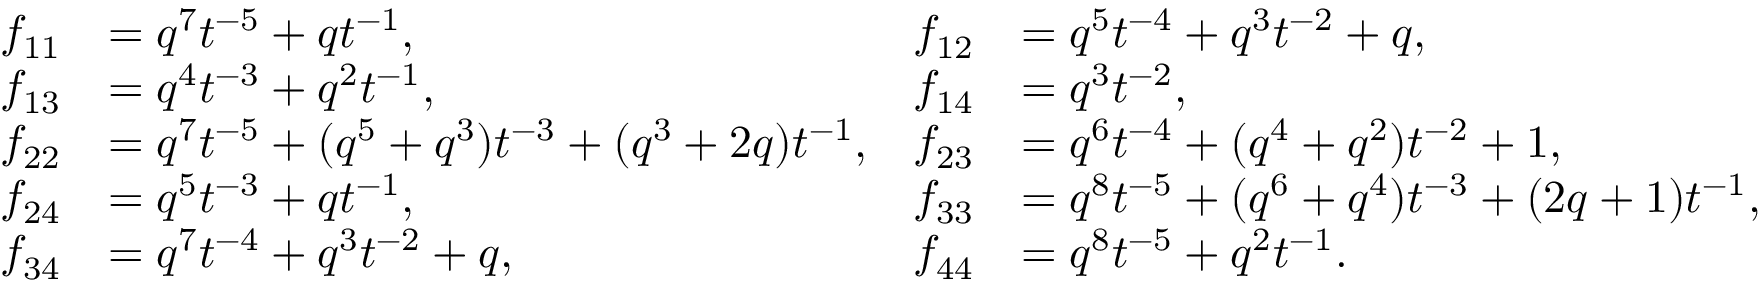
\begin{array} { r l r l } { f _ { 1 1 } } & { = q ^ { 7 } t ^ { - 5 } + q t ^ { - 1 } , } & { f _ { 1 2 } } & { = q ^ { 5 } t ^ { - 4 } + q ^ { 3 } t ^ { - 2 } + q , \allowdisplaybreaks } \\ { f _ { 1 3 } } & { = q ^ { 4 } t ^ { - 3 } + q ^ { 2 } t ^ { - 1 } , } & { f _ { 1 4 } } & { = q ^ { 3 } t ^ { - 2 } , \allowdisplaybreaks } \\ { f _ { 2 2 } } & { = q ^ { 7 } t ^ { - 5 } + ( q ^ { 5 } + q ^ { 3 } ) t ^ { - 3 } + ( q ^ { 3 } + 2 q ) t ^ { - 1 } , } & { f _ { 2 3 } } & { = q ^ { 6 } t ^ { - 4 } + ( q ^ { 4 } + q ^ { 2 } ) t ^ { - 2 } + 1 , \allowdisplaybreaks } \\ { f _ { 2 4 } } & { = q ^ { 5 } t ^ { - 3 } + q t ^ { - 1 } , } & { f _ { 3 3 } } & { = q ^ { 8 } t ^ { - 5 } + ( q ^ { 6 } + q ^ { 4 } ) t ^ { - 3 } + ( 2 q + 1 ) t ^ { - 1 } , \allowdisplaybreaks } \\ { f _ { 3 4 } } & { = q ^ { 7 } t ^ { - 4 } + q ^ { 3 } t ^ { - 2 } + q , } & { f _ { 4 4 } } & { = q ^ { 8 } t ^ { - 5 } + q ^ { 2 } t ^ { - 1 } . } \end{array}